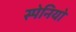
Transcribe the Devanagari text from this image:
स्पेनियो